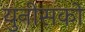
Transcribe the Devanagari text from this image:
युनीसको